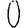
Digit: 0